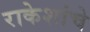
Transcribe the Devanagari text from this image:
राकेशांचे